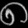
Digit: ၈